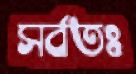
সর্বতঃ